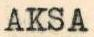
AKSA